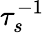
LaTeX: \tau_{s}^{-1}